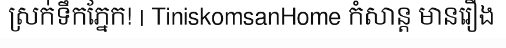
ស្រក់ទឹកភ្នែក! | TiniskomsanHome កំសាន្ត មានរឿង